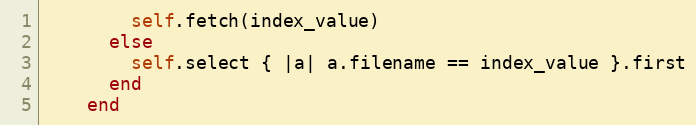
Language: Ruby
        self.fetch(index_value)
      else
        self.select { |a| a.filename == index_value }.first
      end
    end